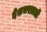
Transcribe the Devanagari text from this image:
देशभरातली